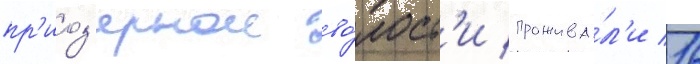
пр'иоз'ернои во́лост'и прожива́л'и 16